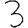
Digit: 3